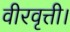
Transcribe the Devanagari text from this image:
वीरवृत्ती।